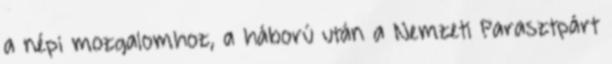
a népi mozgalomhoz, a háború után a Nemzeti Parasztpárt